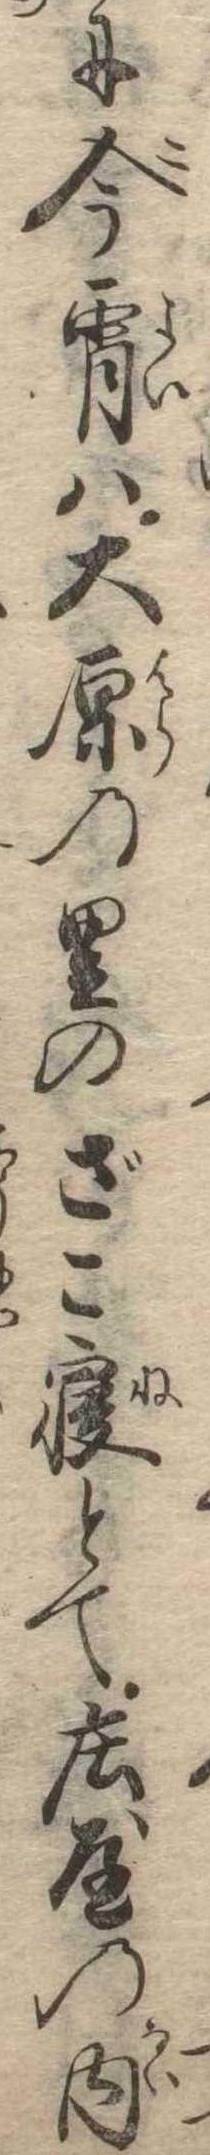
に今宵は大原の里のざこ寝とて荘屋の内